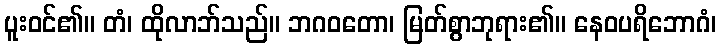
ပူးဝင်၏။ တံ၊ ထိုလာဘ်သည်။ ဘဂဝတော၊ မြတ်စွာဘုရား၏။ နေဝပရိဘောဂံ၊